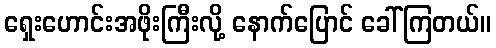
ရှေးဟောင်းအဖိုးကြီးလို့ နောက်ပြောင် ခေါ်ကြတယ်။